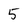
Character: 5